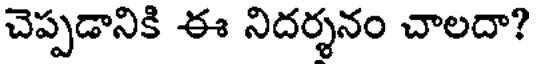
చెప్పడానికి ఈ నిదర్శనం చాలదా?